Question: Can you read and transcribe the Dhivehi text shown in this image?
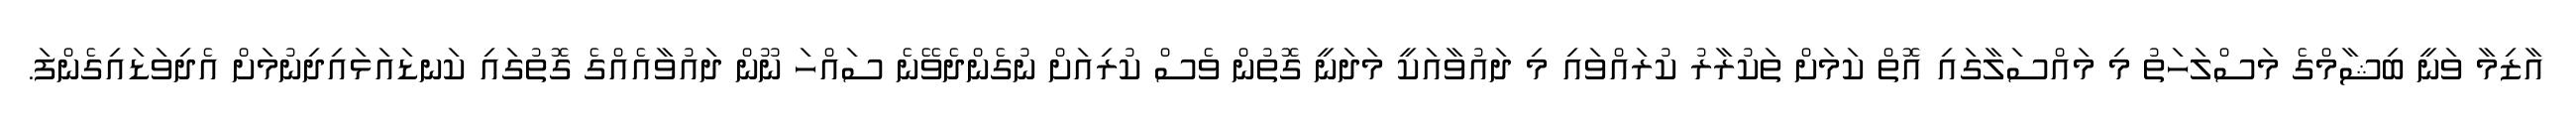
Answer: އާޒިމާ ވަނީ ބިޝާމްގެ މަސްލަހަތު މި މައްސަލާގައި އޮތް ކަމަށް ތަކުރާރު ކުރައްވައި މި ދައުވާއަކީ މަދަނީ ގޮތުން ވެސް ކުރިއަށް ނުގެންދެވޭނެ ސައްހަ ނޫން ދައުވާއެއްގެ ގޮތުގައި ކަނޑައަޅައިދިނުމަށް އެދިވަޑައިގެންފަ.